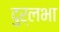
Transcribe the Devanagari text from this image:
दुर्लभा